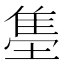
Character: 𬯫